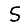
Digit: 5